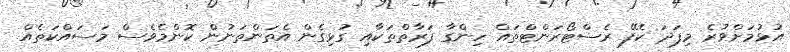
އުޅުމަށްވުރެ މިފަދަ ކެފޭ ރެސްޓޯރަންޓްތައް ހިންގާ ފަރާތްތަކާއި ގުޅިގެން އެތަންތަނުން ކޮންމެވެސް މަސައްކަތެއް